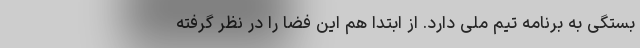
بستگی به برنامه تیم ملی دارد. از ابتدا هم این فضا را در نظر گرفته